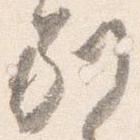
別